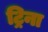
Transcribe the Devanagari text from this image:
ट्रिना